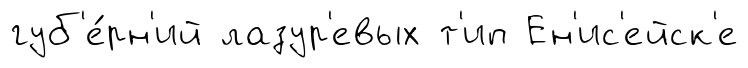
губ'е́рн'ий лазур'евых т'ип Ен'ис'ейск'е